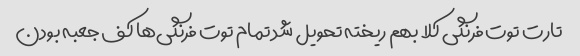
تارت توت فرنگی کلا بهم ریخته تحویل شد تمام توت فرنگی‌ها کف جعبه بودن